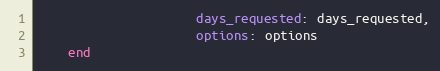
Language: Ruby
                     days_requested: days_requested,
                     options: options
    end